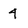
Character: 4